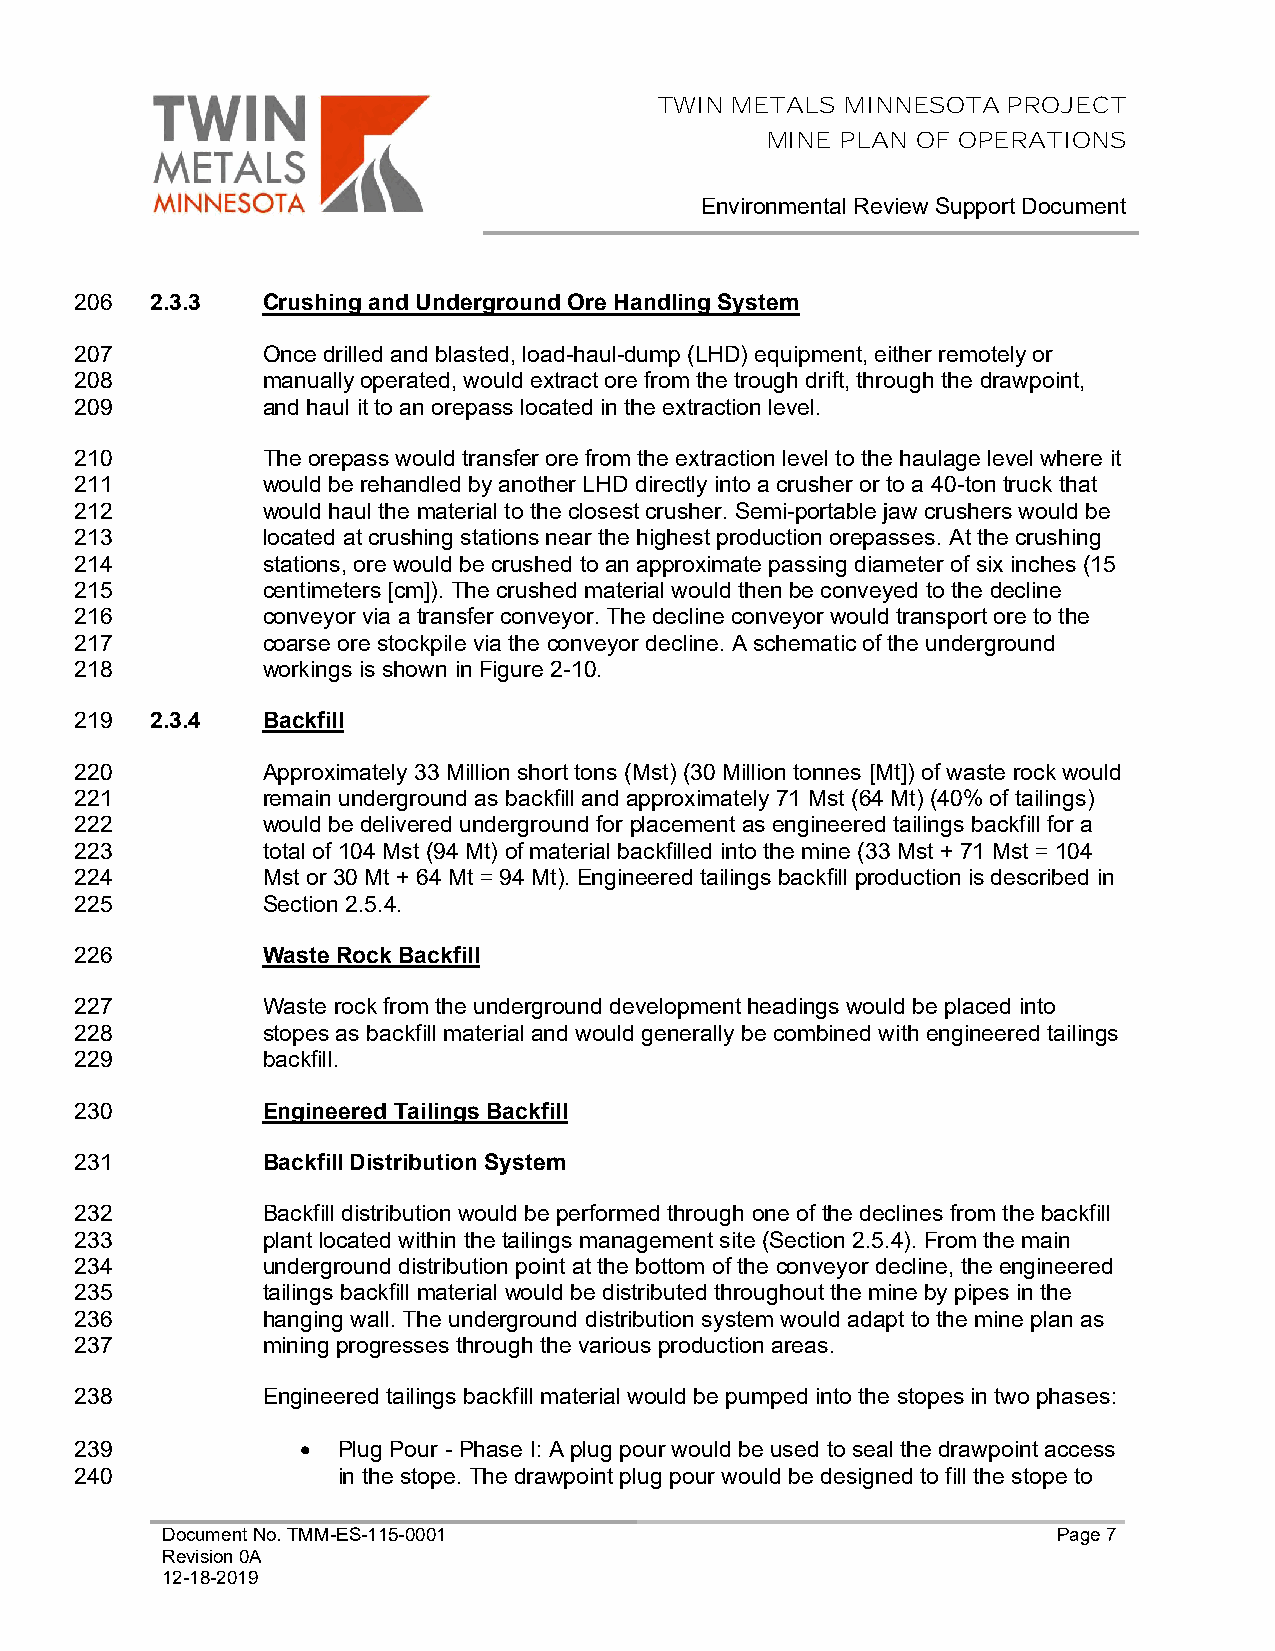
TWIN METALS MINNESOTA  PROJECT
 MINE PLAN OF OPERATIONS
 Environmental Review Support Document
 206  2.3.3  Crushing and Underground Ore Handling System
 207         Once drilled and blasted, load-haul-dump (LHD) equipment, either remotely or
 208         manually operated, would extract ore from the trough drift, through the drawpoint,
 209         and haul it to an orepass located in the extraction level.
 210         The orepass would transfer ore from the extraction level to the haulage level where it
 211         would be rehandled by another LHD directly into a crusher or to a 40-ton truck that
 212         would haul the material to the closest crusher. Semi-portable jaw crushers would be
 213         located at crushing stations near the highest production orepasses. At the crushing
 214         stations, ore would be crushed to an approximate passing diameter of six inches (15
 215         centimeters [cm]). The crushed material would then be conveyed to the decline
 216         conveyor via a transfer conveyor. The decline conveyor would transport ore to the
 217         coarse ore stockpile via the conveyor decline. A schematic of the underground
 218         workings is shown in Figure 2-10.
 219  2.3.4  Backfill
 220         Approximately 33 Million short tons (Mst) (30 Million tonnes [Mt]) of waste rock would
 221         remain underground as backfill and approximately 71 Mst (64 Mt) (40% of tailings)
 222         would be delivered underground for placement as engineered tailings backfill for a
 223         total of 104 Mst (94 Mt) of material backfilled into the mine (33 Mst + 71 Mst = 104
 224         Mst or 30 Mt + 64 Mt = 94 Mt). Engineered tailings backfill production is described in
 225         Section 2.5.4.
 226         Waste Rock Backfill
 227         Waste rock from the underground development headings would be placed into
 228         stopes as backfill material and would generally be combined with engineered tailings
 229         backfill.
 230         Engineered Tailings Backfill
 231         Backfill Distribution System
 232         Backfill distribution would be performed through one of the declines from the backfill
 233         plant located within the tailings management site (Section 2.5.4). From the main
 234         underground distribution point at the bottom of the conveyor decline, the engineered
 235         tailings backfill material would be distributed throughout the mine by pipes in the
 236         hanging wall. The underground distribution system would adapt to the mine plan as
 237         mining progresses through the various production areas.
 238         Engineered tailings backfill material would be pumped into the stopes in two phases:
 239            • Plug Pour - Phase I: A plug pour would be used to seal the drawpoint access
 240              in the stope. The drawpoint plug pour would be designed to fill the stope to
 Document No. TMM-ES-115-0001                               Page 7
 Revision 0A
 12-18-2019